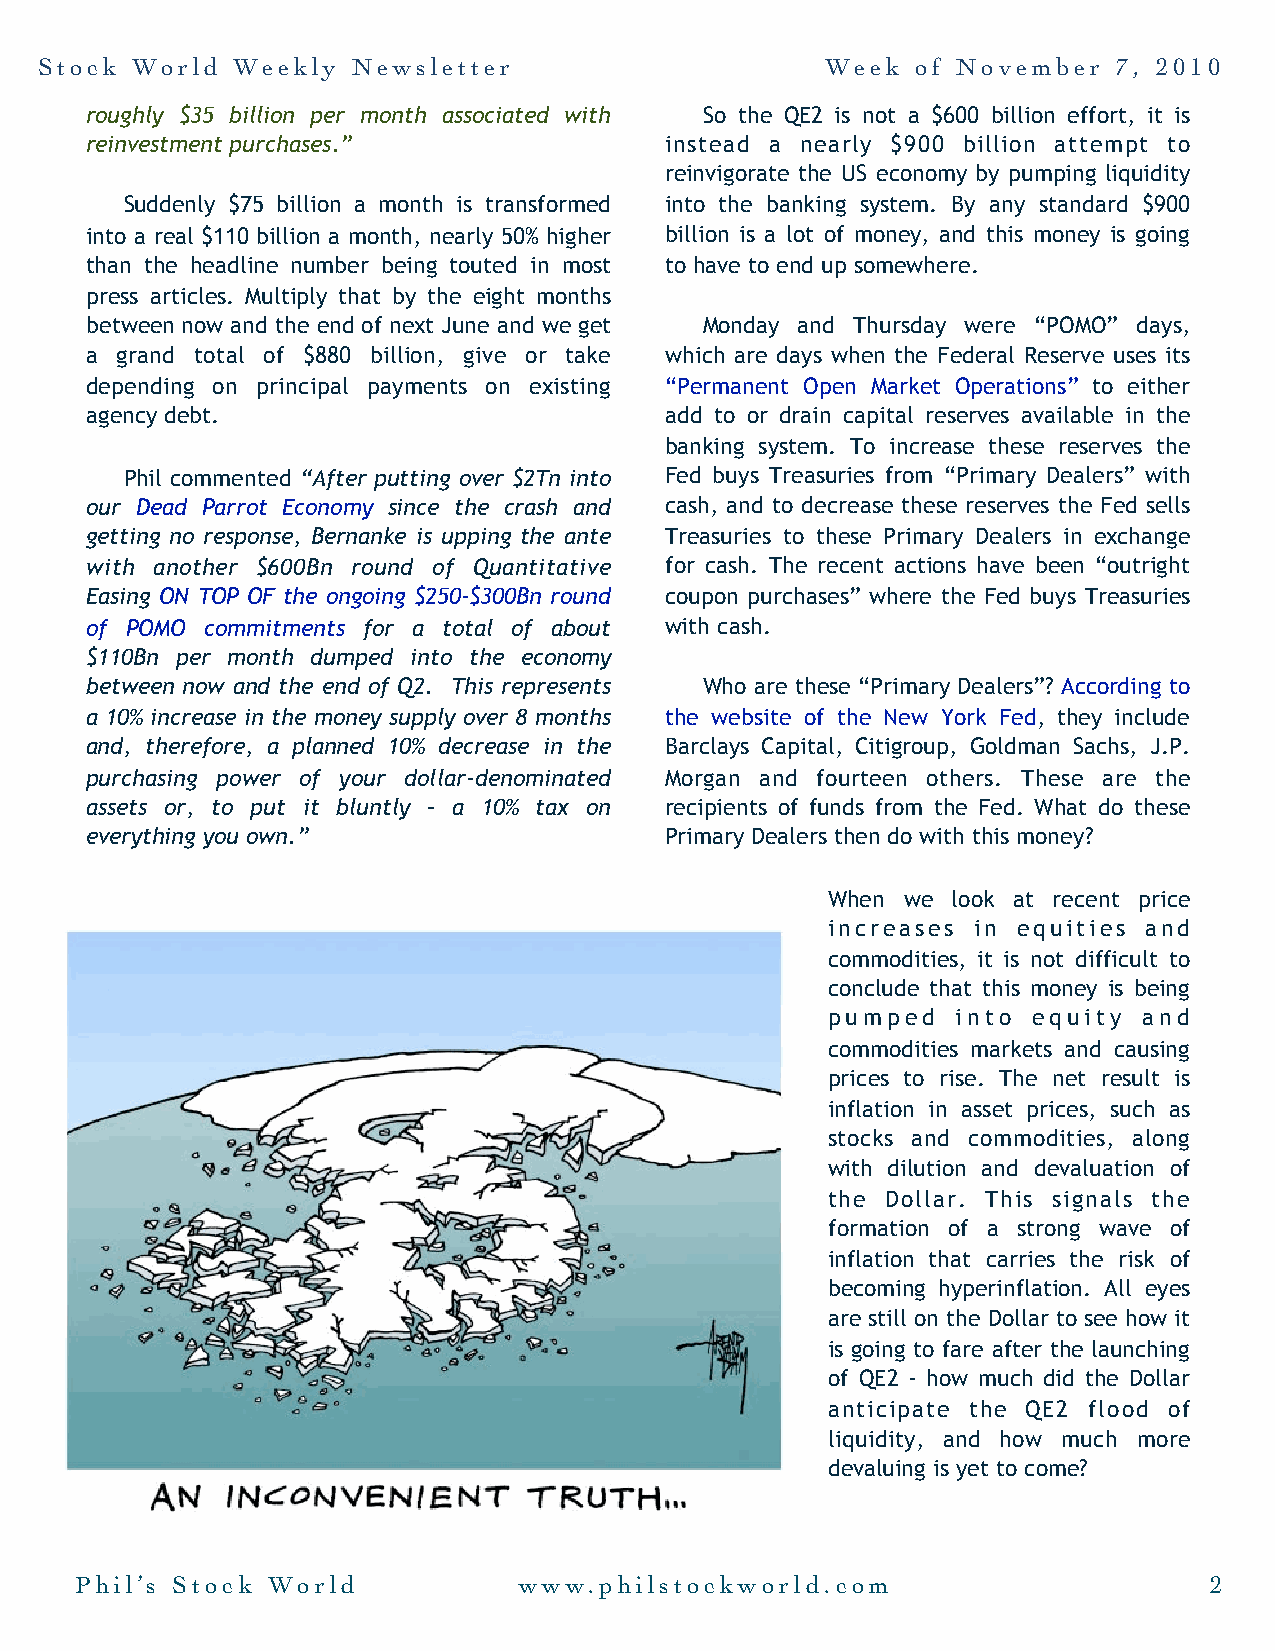
Stock  World Weekly  Newsletter                     Week  of November   7, 2010
 roughly $35 billion per month associated with So the QE2 is not a $600 billion effort, it is
 reinvestment purchases.”              instead a nearly $900 billion attempt to
 reinvigorate the US economy by pumping liquidity
 Suddenly $75 billion a month is transformed into the banking system. By any standard $900
 into a real $110 billion a month, nearly 50% higher billion is a lot of money, and this money is going
 than the headline number being touted in most to have to end up somewhere.
 press articles. Multiply that by the eight months
 between now and the end of next June and we get Monday and Thursday were “POMO” days,
 a grand total of $880 billion, give or take which are days when the Federal Reserve uses its
 depending on principal payments on existing “Permanent Open Market Operations” to either
 agency debt.                          add to or drain capital reserves available in the
 banking system. To increase these reserves the
 Phil commented “After putting over $2Tn into Fed buys Treasuries from “Primary Dealers” with
 our Dead Parrot Economy since the crash and cash, and to decrease these reserves the Fed sells
 getting no response, Bernanke is upping the ante Treasuries to these Primary Dealers in exchange
 with another $600Bn round of Quantitative for cash. The recent actions have been “outright
 Easing ON TOP OF the ongoing $250-$300Bn round coupon purchases” where the Fed buys Treasuries
 of POMO commitments for a total of about with cash.
 $110Bn per month dumped into the economy
 between now and the end of Q2. This represents Who are these “Primary Dealers”? According to
 a 10% increase in the money supply over 8 months the website of the New York Fed, they include
 and, therefore, a planned 10% decrease in the Barclays Capital, Citigroup, Goldman Sachs, J.P.
 purchasing power of your dollar-denominated Morgan and fourteen others. These are the
 assets or, to put it bluntly – a 10% tax on recipients of funds from the Fed. What do these
 everything you own.”                  Primary Dealers then do with this money?
 When we look at recent price
 increases in equities and
 commodities, it is not difficult to
 conclude that this money is being
 pumped  into equity  and
 commodities markets and causing
 prices to rise. The net result is
 inflation in asset prices, such as
 stocks and commodities, along
 with dilution and devaluation of
 the Dollar. This signals the
 formation of a strong wave of
 inflation that carries the risk of
 becoming hyperinflation. All eyes
 are still on the Dollar to see how it
 is going to fare after the launching
 of QE2 - how much did the Dollar
 anticipate the QE2 flood of
 liquidity, and how much more
 devaluing is yet to come?
 Phil’s Stock World           www.philstockworld.com                        2